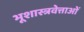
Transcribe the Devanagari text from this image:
भूशास्त्रवेत्ताओं